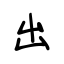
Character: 出